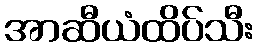
အာဆီယံထိပ်သီး